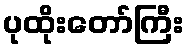
ပုထိုးတော်ကြီး